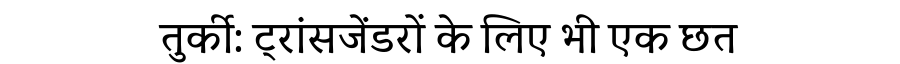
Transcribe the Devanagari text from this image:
तुर्की: ट्रांसजेंडरों के लिए भी एक छत